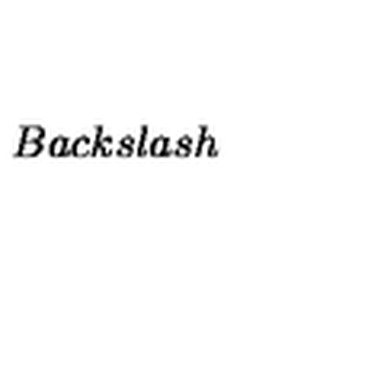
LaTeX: B a c k s l a s h \,